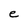
Character: e